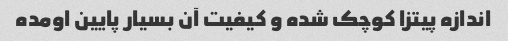
اندازه پیتزا کوچک شده و کیفیت آن بسیار پایین اومده